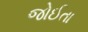
જોઈતા